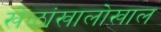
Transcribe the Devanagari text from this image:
खेळांखालोखाल